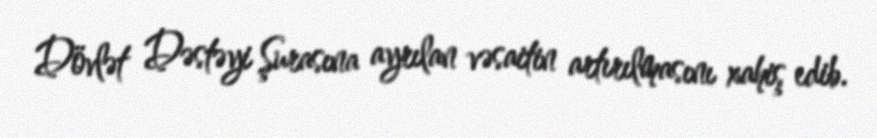
Dövlət Dəstəyi Şurasına ayrılan vəsaitin artırılmasını xahiş edib.